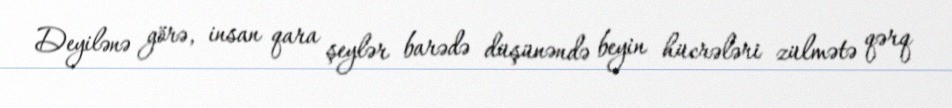
Deyilənə görə, insan qara şeylər barədə düşünəndə beyin hücrələri zülmətə qərq